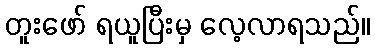
တူးဖော် ရယူပြီးမှ လေ့လာရသည်။